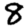
Digit: 8